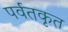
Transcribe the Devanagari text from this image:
पर्वतकृत